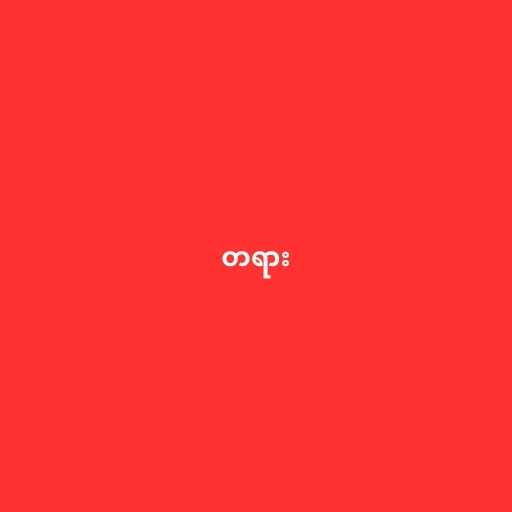
တရား